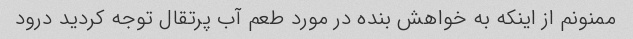
ممنونم از اینکه به خواهش بنده در مورد طعم آب پرتقال توجه کردید درود